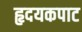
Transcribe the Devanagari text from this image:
हृदयकपाट